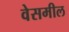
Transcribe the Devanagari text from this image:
वेसमील